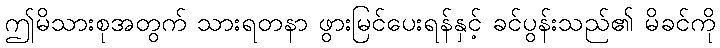
ဤမိသားစုအတွက် သားရတနာ ဖွားမြင်ပေးရန်နှင့် ခင်ပွန်းသည်၏ မိခင်ကို